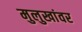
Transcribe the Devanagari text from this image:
मुलुखांवर